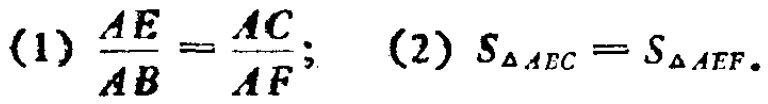
(1) $\frac{AE}{AB}=\frac{AC}{AF}$; (2) $S_{\triangle AEC}=S_{\triangle AEF}$.